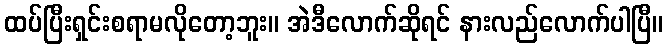
ထပ်ပြီးရှင်းစရာမလိုတော့ဘူး။ အဲဒီလောက်ဆိုရင် နားလည်လောက်ပါပြီ။